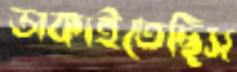
ডাকাইতেছিস